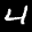
Label: 4